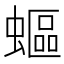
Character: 𧏺